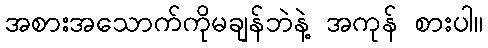
အစားအသောက်ကိုမချန်ဘဲနဲ့ အကုန် စားပါ။